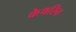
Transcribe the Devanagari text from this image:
केथरिन